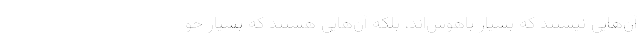
آن‌هایی نیستند که بسیار باهوش‌اند، بلکه آن‌هایی هستند که بسیار خو